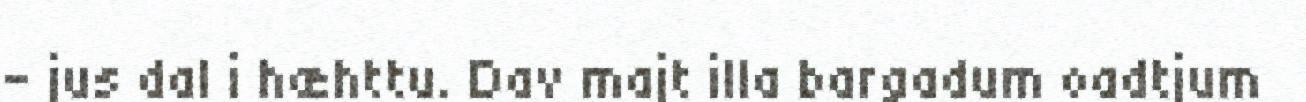
– jus dal i hæhttu. Dav majt illa bargadum oadtjum